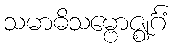
သမာဓိသမ္ဗောဇ္ဈင်္ဂံ